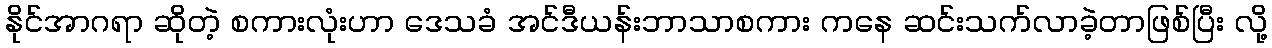
နိုင်အာဂရာ ဆိုတဲ့ စကားလုံးဟာ ဒေသခံ အင်ဒီယန်းဘာသာစကား ကနေ ဆင်းသက်လာခဲ့တာဖြစ်ပြီး လို့